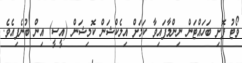
ވޯޓު ފޮށި ބަހައްޓަން ނިންމާފައިވާ ކަމަށް އިލެކްޝަން ކޮމިޝަން (އީސީ) އިން ބުނެފިއެވެ.